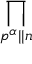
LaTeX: \prod _ { p ^ { \alpha } | | n }